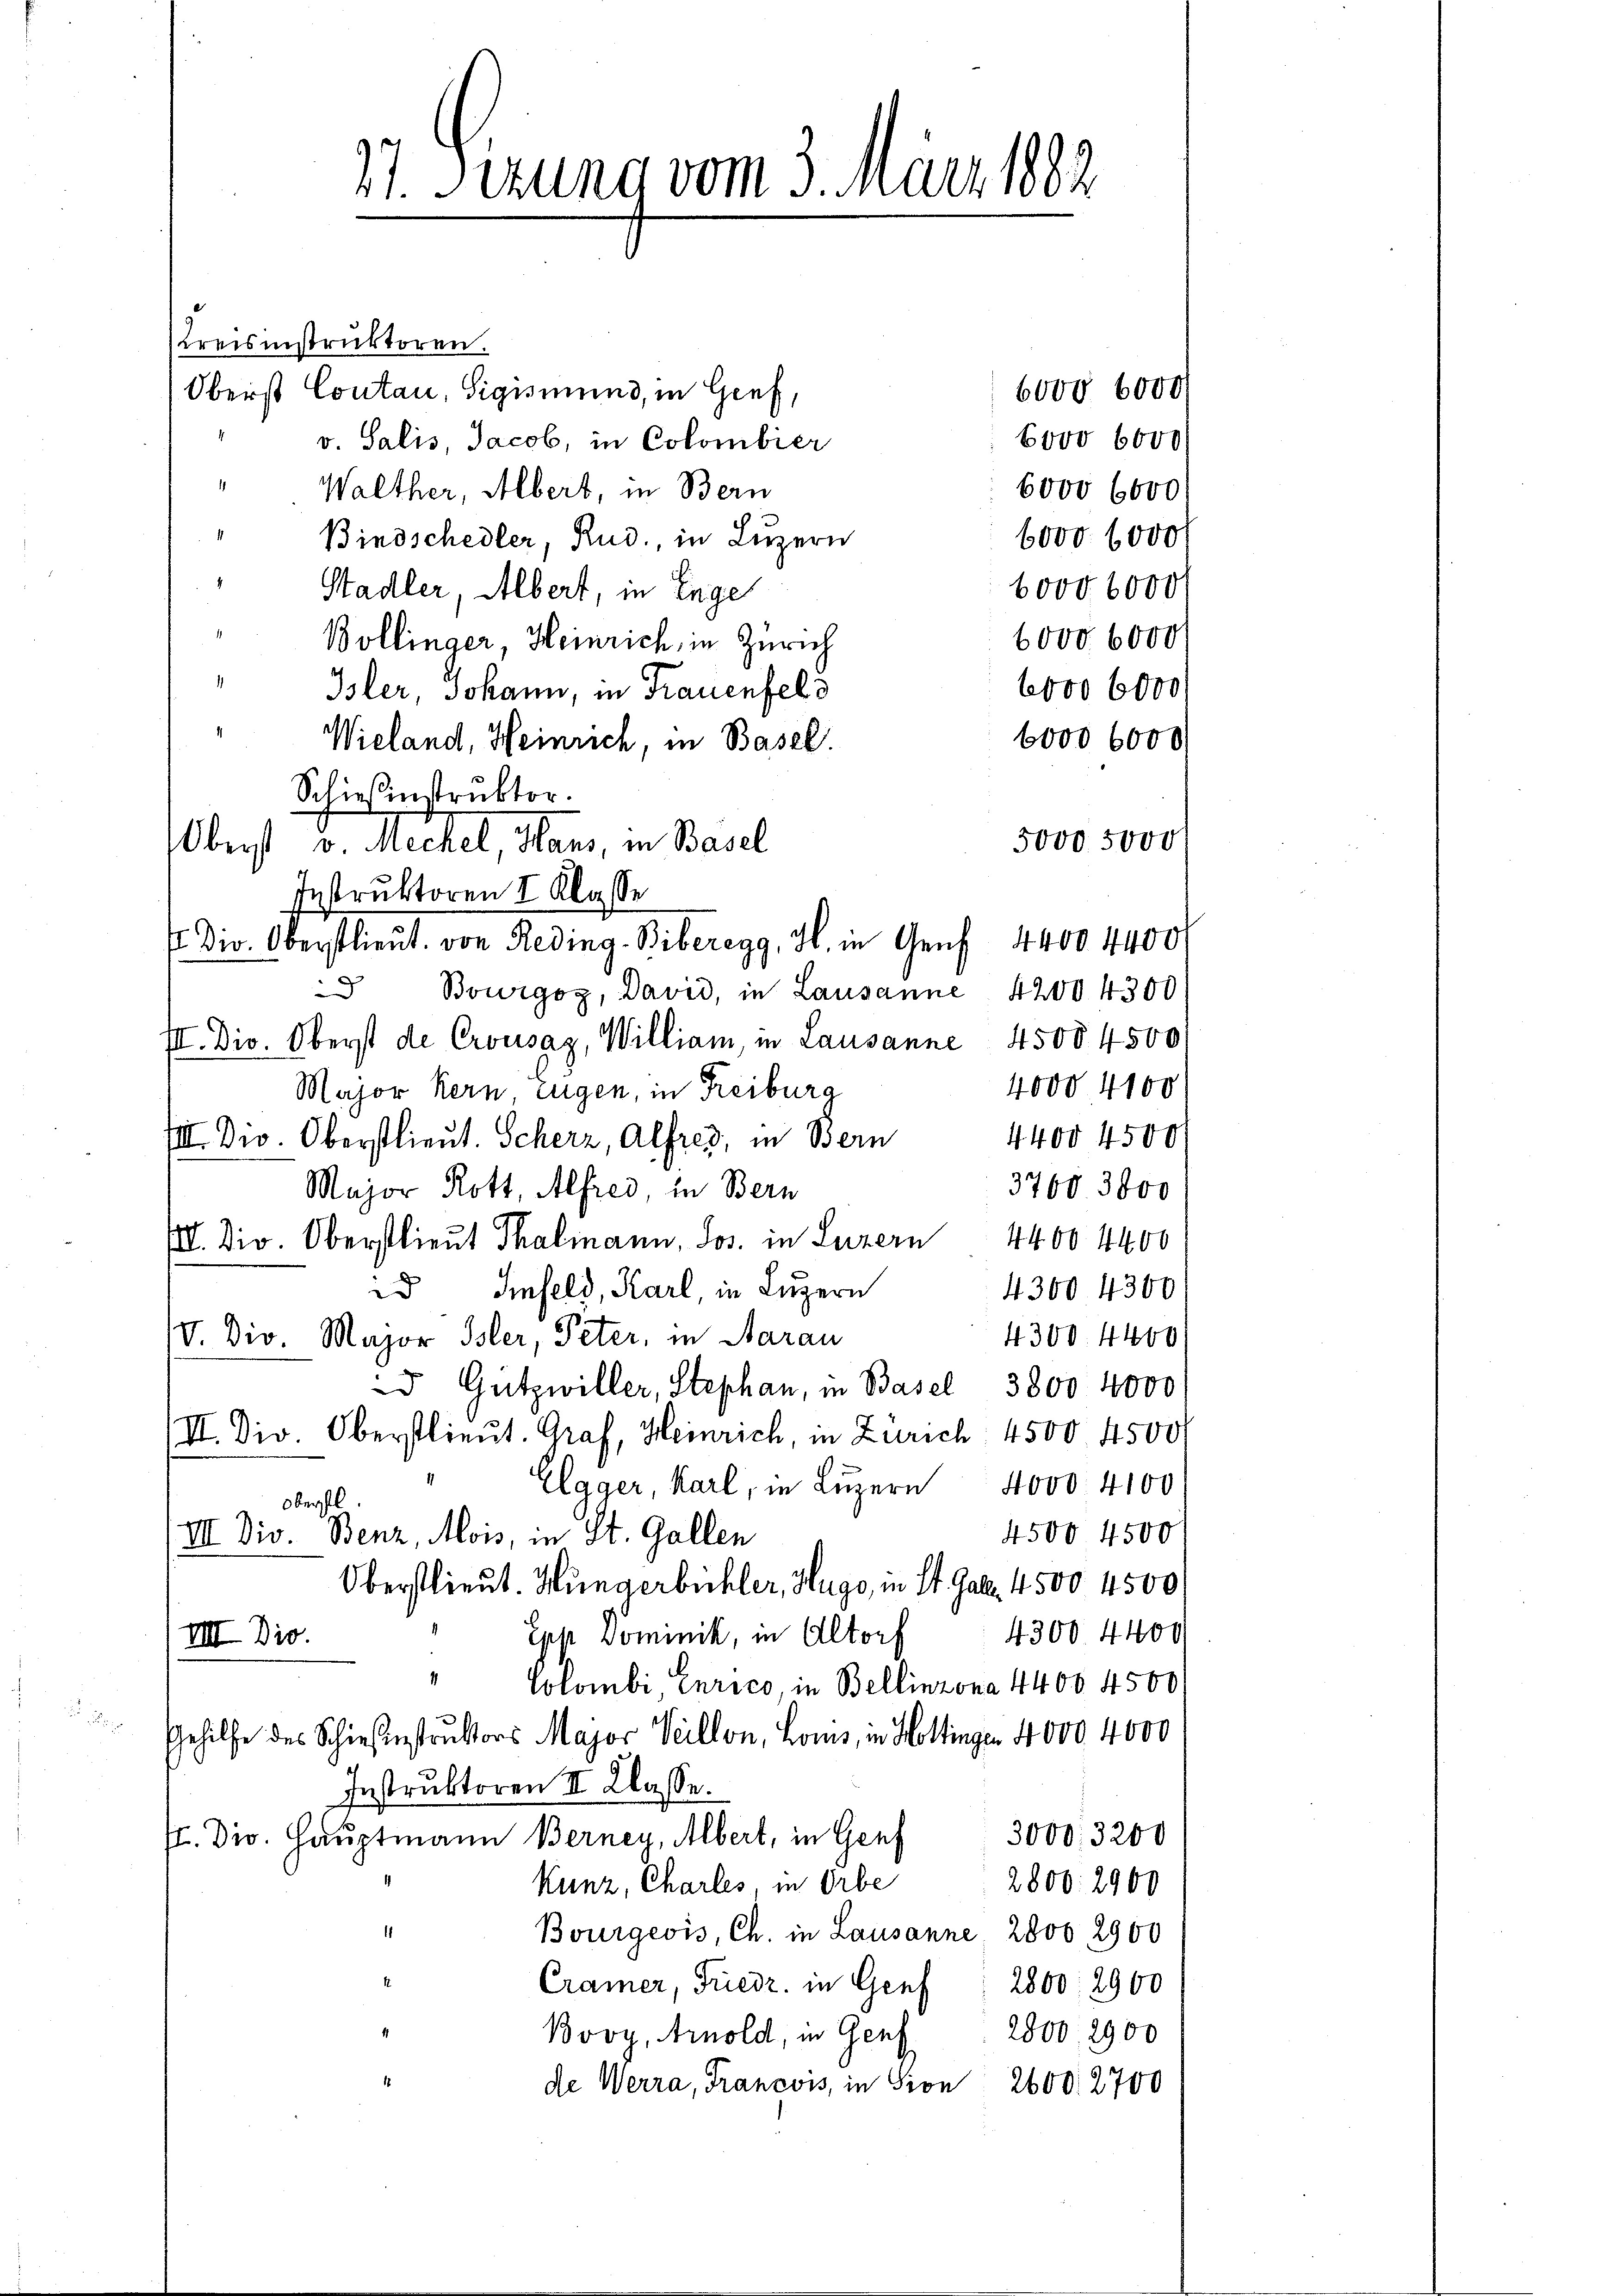
37. Sezung vom 3. März 1882

Kreisinstruktoren.
6000. 6000
Oberst Contan, Sigismund, in Genf,
Covo 6000
v. Salis, Jacob, in Colombier
" Walther, Albert, in Bern
booo 6000
6000 000
Bindschedler, Rud., in Luzern
4
60000000
Stadler, Albert, in Enge
6000 0000
Bollinger, Heinrich, in Zürich
1
6000 6000
Isler, Johann, in Frauenfeld
6000 6000
Wieland, Heinrich, in Basel.
Schiesinstruktor.
5000 5000
Oberst v. Mechel, Hans, in Basel
Instruktoren I Klasse
Div. Oberstlieut. von Reding-Biberegg, H. in Genf 4400 4400
 Bourgoz, David, in Lausanne 42004300
III. Dio. Oberst de Crousaz, William, in Lausanne 4500 4500
4000 4100
Major Kern Eugen, in Freiburg
4400 4500
VII. Div. Oberstlieut. Scherz, Alfred, in Bern
3760. 3000
Major Rott, Alfred, in Bern
III. Dir. Oberstlieut Thalmann, Jos. in Luzern 4400 4400
id Imfeld, Karl, in Luzern
4300 4300
4300. 4400
IV. Div. Major Isler, Peter, in Aarau
 Gützwiller, Stephan, in Basel 3800 4000
(II. Dir. Oberstlieut. Graf, Heinrich, in Zürich, 4500. 4500/
Elgger, Karl, in Luzern 4000. 4100
oberstl.
4500 4500
VII. Div. Benz, Mois, in St. Gallen
Oberstlieut. Hungerbüchler, Hugo, in St. Gall. 4500 4500
Epp Dominik, in Altorf 4300. 4400
VIII Dio.
1
Colombi, Eurico, in Bellinzona 4400 4500
Gehilfe des Schiesinstruktors Major Veillon, Loms, in Hottingen 4000 4000
Instruktoren II Klasse.
3000. 3200
J. Dir. Hauptmann Berney, Albert, in Genf
Kunz, Charles, in Orbe
2800. 2900
Bourgeois, Ch. in Lausanne 2000 2900
Cramer, Friedr. in Genf : 2800. 2900
Bovy, Arnold, in Genf 2000, 2900
de Werra, Francois, in Son 2600. 2700